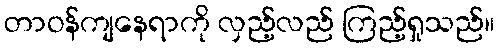
တာဝန်ကျနေရာကို လှည့်လည် ကြည့်ရှုသည်။